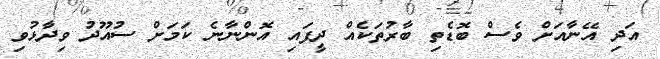
އަދި އޭނާއަށް ވެސް ބޮޑެތި ބާރުތަކެއް ދީފައި އޮންނާނެ ކަމަށް ސުއޫދު ވިދާޅުވި